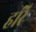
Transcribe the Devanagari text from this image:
हरि